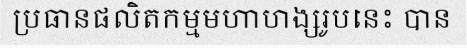
ប្រធានផលិតកម្មមហាហង្សរូបនេះ បាន